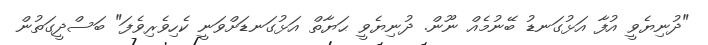
"ދުނިޔެވީ އުފާ އަޅުގަނޑު ބޭނުމެއް ނޫން. ދުނިޔެވީ ޙަޔާތް އަޅުގަނޑަށްވަނީ ކެހިވެރިވެފަ" ބަސްދީގަތުން